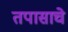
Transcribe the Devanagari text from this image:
तपासाचे